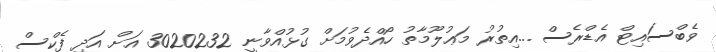
ވެބްސައިޓް އެޑްރެސް ...އިތުރު މަޢުލޫމާތު ހޯއްދެވުމަށް ގުޅުއްވާނީ 3020232 އަށް އަދި ފެކްސް